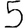
Digit: 5